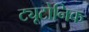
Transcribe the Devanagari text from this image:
ट्यूटोनिक